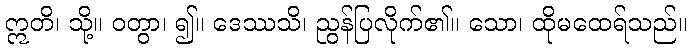
ဣတိ၊ သို့။ ဝတွာ၊ ၍။ ဒေဿသိ၊ ညွန်ပြလိုက်၏။ သော၊ ထိုမထေရ်သည်။